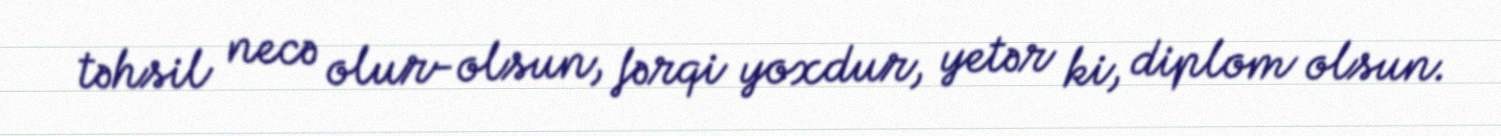
təhsil necə olur-olsun, fərqi yoxdur, yetər ki, diplom olsun.